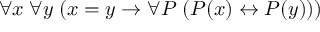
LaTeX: \forall x \; \forall y \; ( x = y \rightarrow \forall P \; ( P ( x ) \leftrightarrow P ( y ) ) )